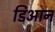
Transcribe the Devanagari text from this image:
डिआन